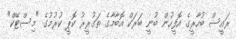
ރައީސް ބުހާރީގެ އޮފީހުން ބުނީ ބަރަކް އޮބާމާގެ ތަގުރީރު ކޮޕީ ކުރުމުގެ "މިސްޓޭކް"